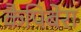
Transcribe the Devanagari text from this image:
कैपिबेरा